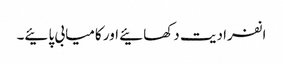
انفرادیت دکھائیے اور کامیابی پائیے۔